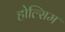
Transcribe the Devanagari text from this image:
होल्सिम